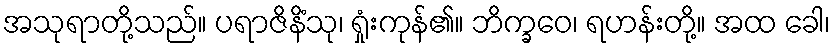
အသုရာတို့သည်။ ပရာဇိနိံသု၊ ရှုံးကုန်၏။ ဘိက္ခဝေ၊ ရဟန်းတို့။ အထ ခေါ၊